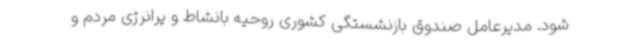
شود. مدیرعامل صندوق بازنشستگی کشوری روحیه بانشاط و پرانرژی مردم و